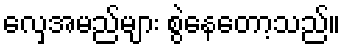
လှေအမည်များ စွဲနေတော့သည်။